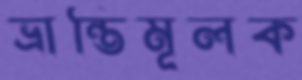
ভ্রান্তিমূলক